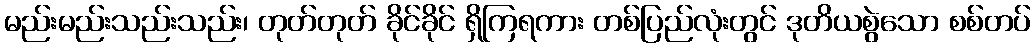
မည်းမည်းသည်းသည်း၊ တုတ်တုတ် ခိုင်ခိုင် ရှိကြရကား တစ်ပြည်လုံးတွင် ဒုတိယစွဲသော စစ်တပ်